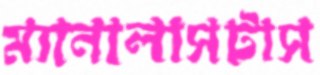
ম্যানালাসটাস